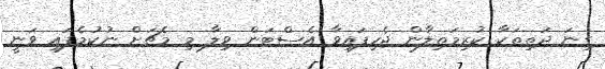
ގިނަ ދަތިތަކާ ކުރިމަތިލާން ޖެހިފައިވާ އެސްޓަން ވިލާ މި މެޗަށް ނުކުމެފައި ވަނީ